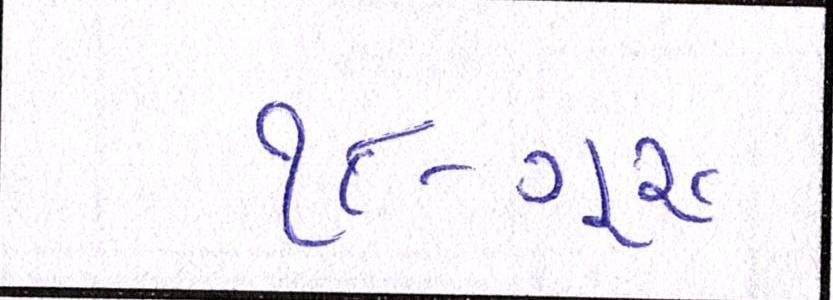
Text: ૧૮-ગુરૂ